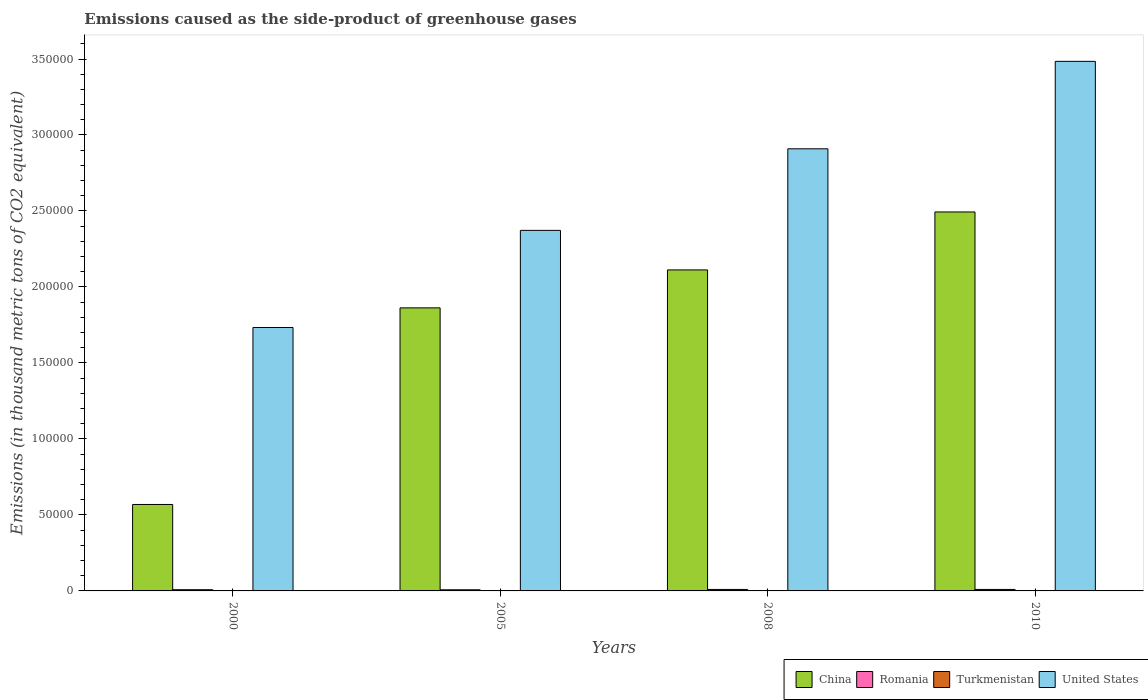
| Years | China | Romania | Turkmenistan | United States |
 | --- | --- | --- | --- | --- |
 | 2000 | 5.69e+04 | 795 | 10.9 | 1.73e+05 |
 | 2005 | 1.86e+05 | 742 | 72.9 | 2.37e+05 |
 | 2008 | 2.11e+05 | 970 | 112 | 2.91e+05 |
 | 2010 | 2.49e+05 | 975 | 139 | 3.48e+05 |